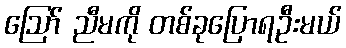
ဪ ညီမကို တစ်ခုပြောရဦးမယ်